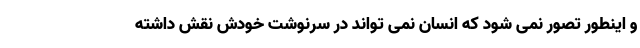
و اینطور تصور نمی شود که انسان نمی تواند در سرنوشت خودش نقش داشته